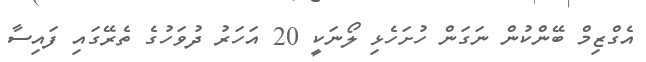
އެގްޒިމް ބޭންކުން ނަގަން ހުށަހެޅި ލޯނަކީ 20 އަހަރު ދުވަހުގެ ތެރޭގައި ފައިސާ